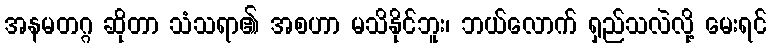
အနမတဂ္ဂ ဆိုတာ သံသရာ၏ အစဟာ မသိနိုင်ဘူး၊ ဘယ်လောက် ရှည်သလဲလို့ မေးရင်